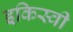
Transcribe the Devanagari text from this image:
इकिस्वी